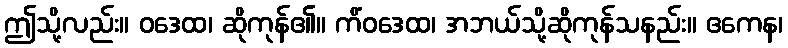
ဤသို့လည်း။ ဝဒေထ၊ ဆိုကုန်၏။ ကိံဝဒေထ၊ အဘယ်သို့ဆိုကုန်သနည်း။ ဧကေန၊